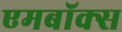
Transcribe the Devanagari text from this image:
एमबॉक्स